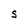
Character: S